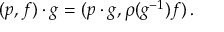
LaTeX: ( p , f ) \cdot g = ( p \cdot g , \rho ( g ^ { - 1 } ) f ) \, .